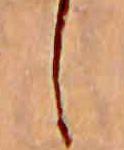
し